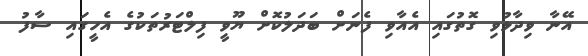
އޭނާ ވިދާޅުވި ގޮތުގައި އެއާވި ފެނަށް ބަދަލުކޮށް ޔޫވީ ފިލްޓަރުތަކުގެ އެހީގައި ސާފު